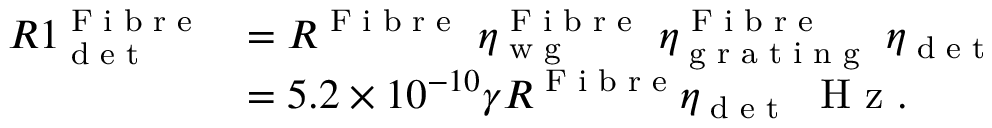
\begin{array} { r l } { R 1 _ { \textrm { d e t } } ^ { \textrm { F i b r e } } } & { = R ^ { \textrm { F i b r e } } \ \eta _ { \textrm { w g } } ^ { \textrm { F i b r e } } \ \eta _ { \textrm { g r a t i n g } } ^ { \textrm { F i b r e } } \ \eta _ { \textrm { d e t } } } \\ & { = 5 . 2 \times 1 0 ^ { - 1 0 } \gamma R ^ { \textrm { F i b r e } } \eta _ { \textrm { d e t } } \ \textrm { H z } . } \end{array}